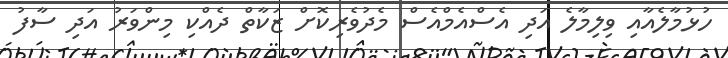
ހުޅުމާލެއާއި ވިލިމާލެ އަދި އެސްއެމްއެސް މެދުވެރިކޮށް ޒަކާތް ދެއްކި މިންވަރު އަދި ސާފު